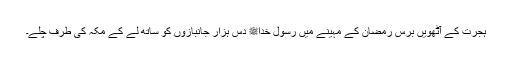
ہجرت کے آٹھویں برس رمضان کے مہینے میں رسول خداﷺ دس ہزار جانبازوں کو ساتھ لے کے مکہ کی طرف چلے۔